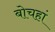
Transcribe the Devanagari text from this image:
बोचहां